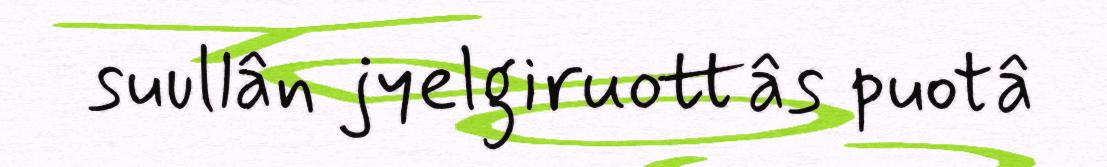
suullân jyelgiruottâs puotâ